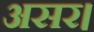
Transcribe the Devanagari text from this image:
असर।